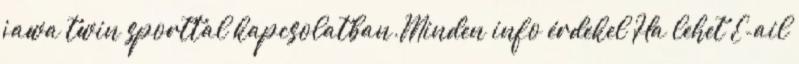
jawa twin sporttal kapcsolatban.Minden info érdekel Ha lehet E-ail